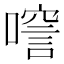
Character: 𠾘